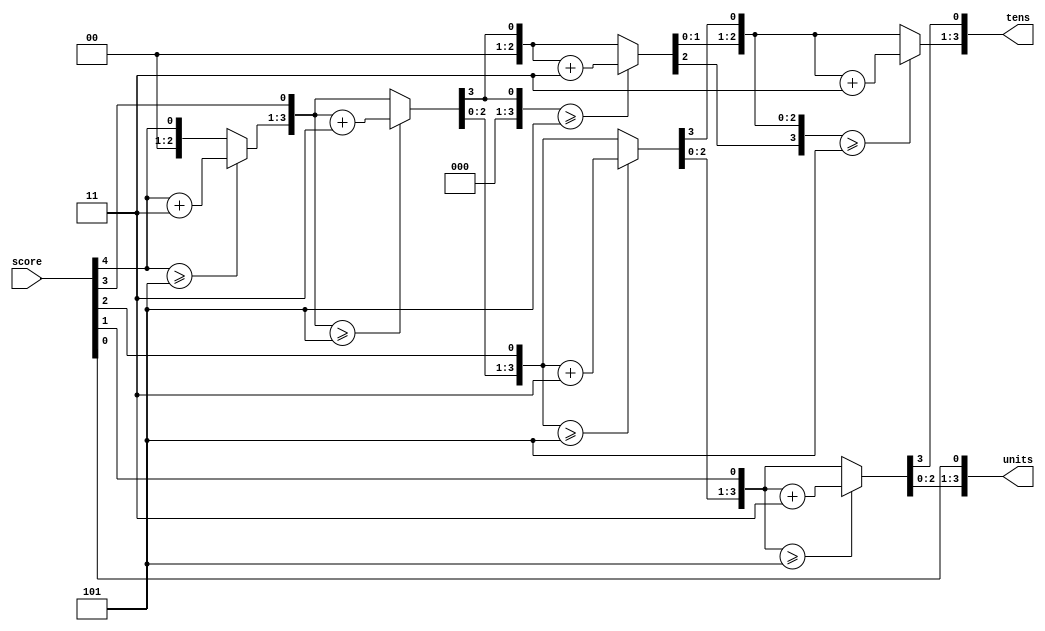
module scoreBoard (
    input [4:0] score,
    output reg [3:0] tens,    // 0-9 range, tens place
    output reg [3:0] units    // 0-9 range, units place
);
    integer i;

    always @(*) begin
        // Initialize BCD digits to zero
        tens = 0;
        units = 0;

        // Binary to BCD conversion
        for (i = 4; i >= 0; i = i - 1) begin
            // Add 3 if the BCD digit is 5 or more
            if (tens >= 5)
                tens = tens + 3;
            if (units >= 5)
                units = units + 3;

            // Shift left
            tens = tens << 1;
            tens[0] = units[3];
            units = units << 1;
            units[0] = score[i];
        end
    end

endmodule